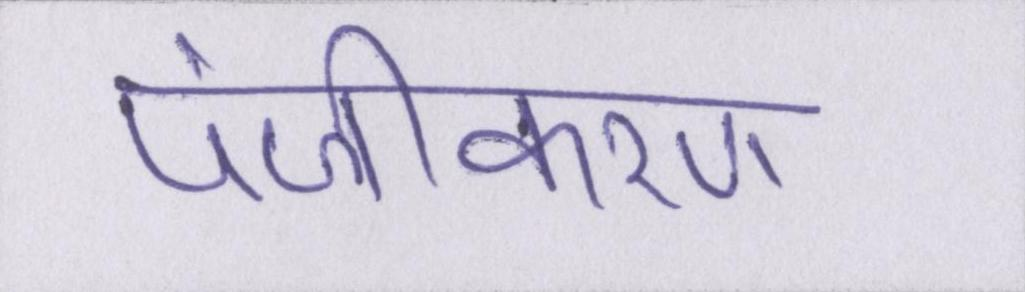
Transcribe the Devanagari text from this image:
पंजीकरण